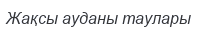
Жақсы ауданы таулары